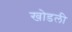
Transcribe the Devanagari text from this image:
खोडली